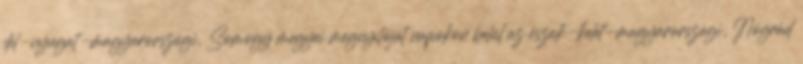
dél-nyugat-magyarországi, Somogy megyei megnyitóját napokon belül az észak-kelet-magyarországi, Nógrád